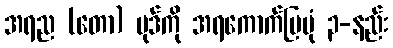
အရည (တော) ပုဒ်ကို အရကောက်ပြပုံ ၃-နည်း